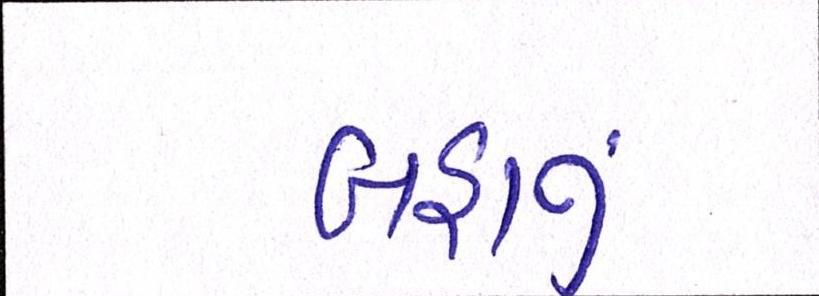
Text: બહાનું